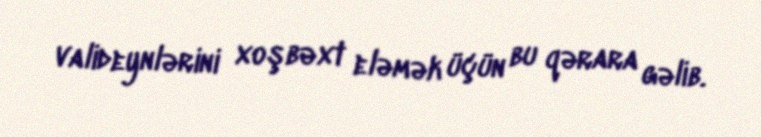
valideynlərini xoşbəxt eləmək üçün bu qərara gəlib.